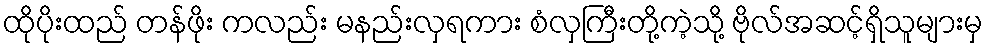
ထိုပိုးထည် တန်ဖိုး ကလည်း မနည်းလှရကား စံလှကြီးတို့ကဲ့သို့ ဗိုလ်အဆင့်ရှိသူများမှ